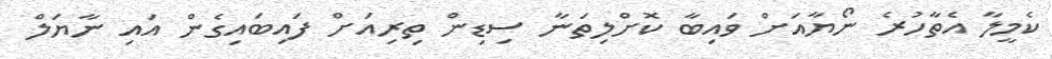
ކެމީލާ އެތާހުރެ ނޯޔާއަށް ވައިބާ ކޮށްލިތަނާ ސިޑިން ތިރިއަށް ފައިބައިގެން އައި ނާޔަލް